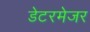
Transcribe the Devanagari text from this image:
डेटरमेजर